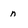
Character: n